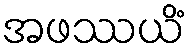
အဖဿယိံ